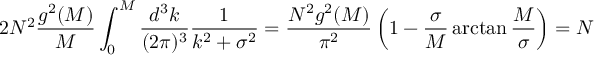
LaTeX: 2 N ^ { 2 } { \frac { g ^ { 2 } ( M ) } { M } } \int _ { 0 } ^ { M } { \frac { d ^ { 3 } k } { ( 2 \pi ) ^ { 3 } } } { \frac { 1 } { k ^ { 2 } + \sigma ^ { 2 } } } = { \frac { N ^ { 2 } g ^ { 2 } ( M ) } { \pi ^ { 2 } } } \left( 1 - { \frac { \sigma } { M } } \arctan { \frac { M } { \sigma } } \right) = N